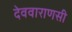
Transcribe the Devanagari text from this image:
देववाराणसी